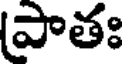
పాతః